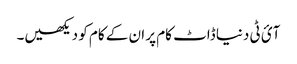
آئ ٹی دنیا ڈاٹ کام پر ان کے کام کو دیکھیں۔